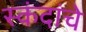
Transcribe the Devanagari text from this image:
स्कंदांचे